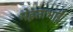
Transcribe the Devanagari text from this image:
मेहताभाई